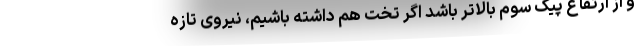
و از ارتفاع پیک سوم بالاتر باشد اگر تخت هم داشته باشیم، نیروی تازه